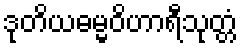
ဒုတိယဓမ္မဝိဟာရီသုတ္တံ